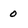
Character: 0